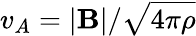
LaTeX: v_{A}=|\mathbf{B}|/\sqrt{4\pi\rho}